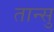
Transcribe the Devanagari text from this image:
तान्सु